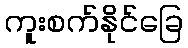
ကူးစက်နိုင်ခြေ